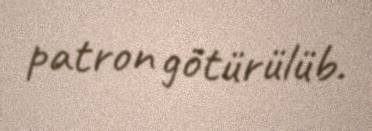
patron götürülüb.